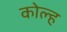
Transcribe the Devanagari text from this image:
कोल्ह